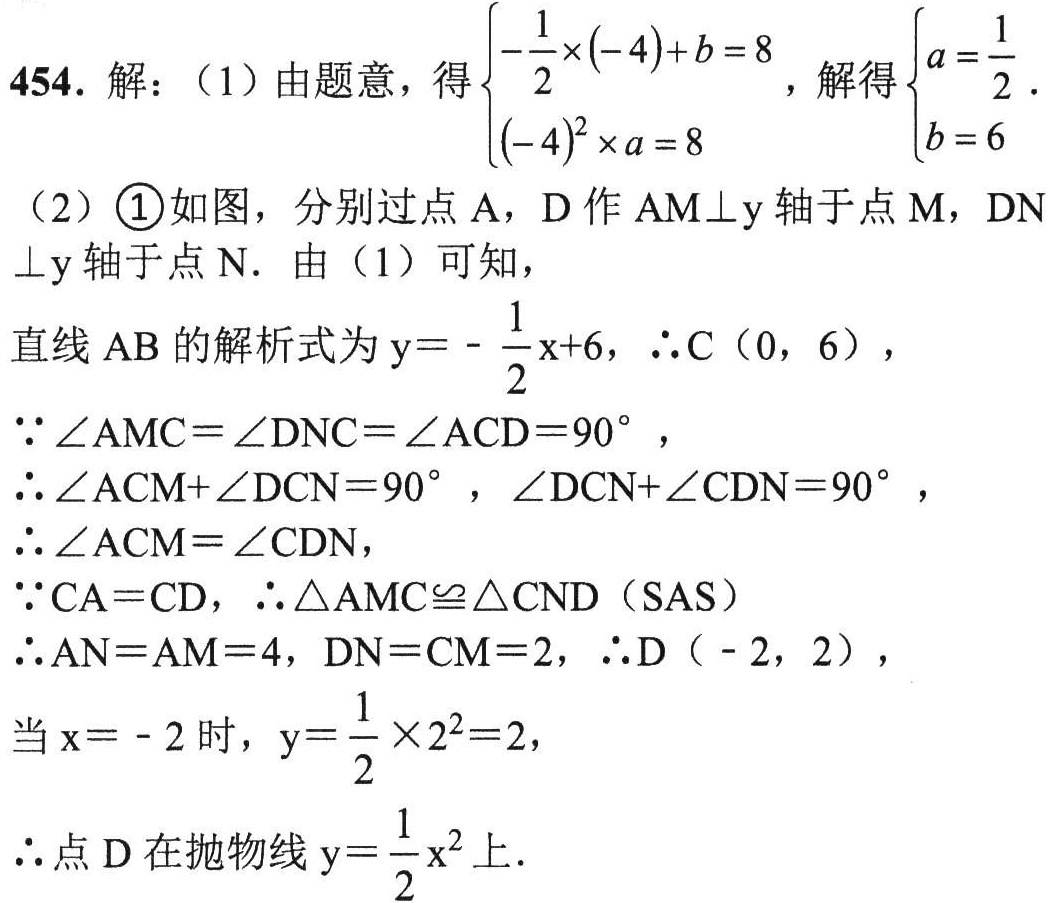
454. 解：（1）由题意，得\(\begin{cases}-\frac{1}{2}\times(-4)+b = 8\\(-4)^2\times a = 8\end{cases}\)，解得\(\begin{cases}a=\frac{1}{2}\\b = 6\end{cases}\)。
（2）\textcircled{1}如图，分别过点\(A\)，\(D\)作\(AM\perp y\)轴于点\(M\)，\(DN\perp y\)轴于点\(N\)。由（1）可知，
直线\(AB\)的解析式为\(y = -\frac{1}{2}x + 6\)，\(\therefore C(0,6)\)，
\(\because\angle AMC=\angle DNC=\angle ACD = 90^{\circ}\)，
\(\therefore\angle ACM+\angle DCN = 90^{\circ}\)，\(\angle DCN+\angle CDN = 90^{\circ}\)，
\(\therefore\angle ACM=\angle CDN\)，
\(\because CA = CD\)，\(\therefore\triangle AMC\cong\triangle CND(\text{SAS})\)
\(\therefore AN = AM = 4\)，\(DN = CM = 2\)，\(\therefore D(-2,2)\)，
当\(x = - 2\)时，\(y=\frac{1}{2}\times2^2 = 2\)，
\(\therefore\)点\(D\)在抛物线\(y=\frac{1}{2}x^{2}\)上。